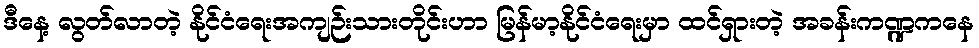
ဒီနေ့ လွတ်လာတဲ့ နိုင်ငံရေးအကျဉ်းသားတိုင်းဟာ မြန်မာ့နိုင်ငံရေးမှာ ထင်ရှားတဲ့ အခန်းကဏ္ဍကနေ